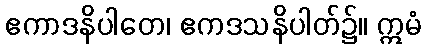
ဧကာဒနိပါတေ၊ ဧကဒသနိပါတ်၌။ ဣမံ